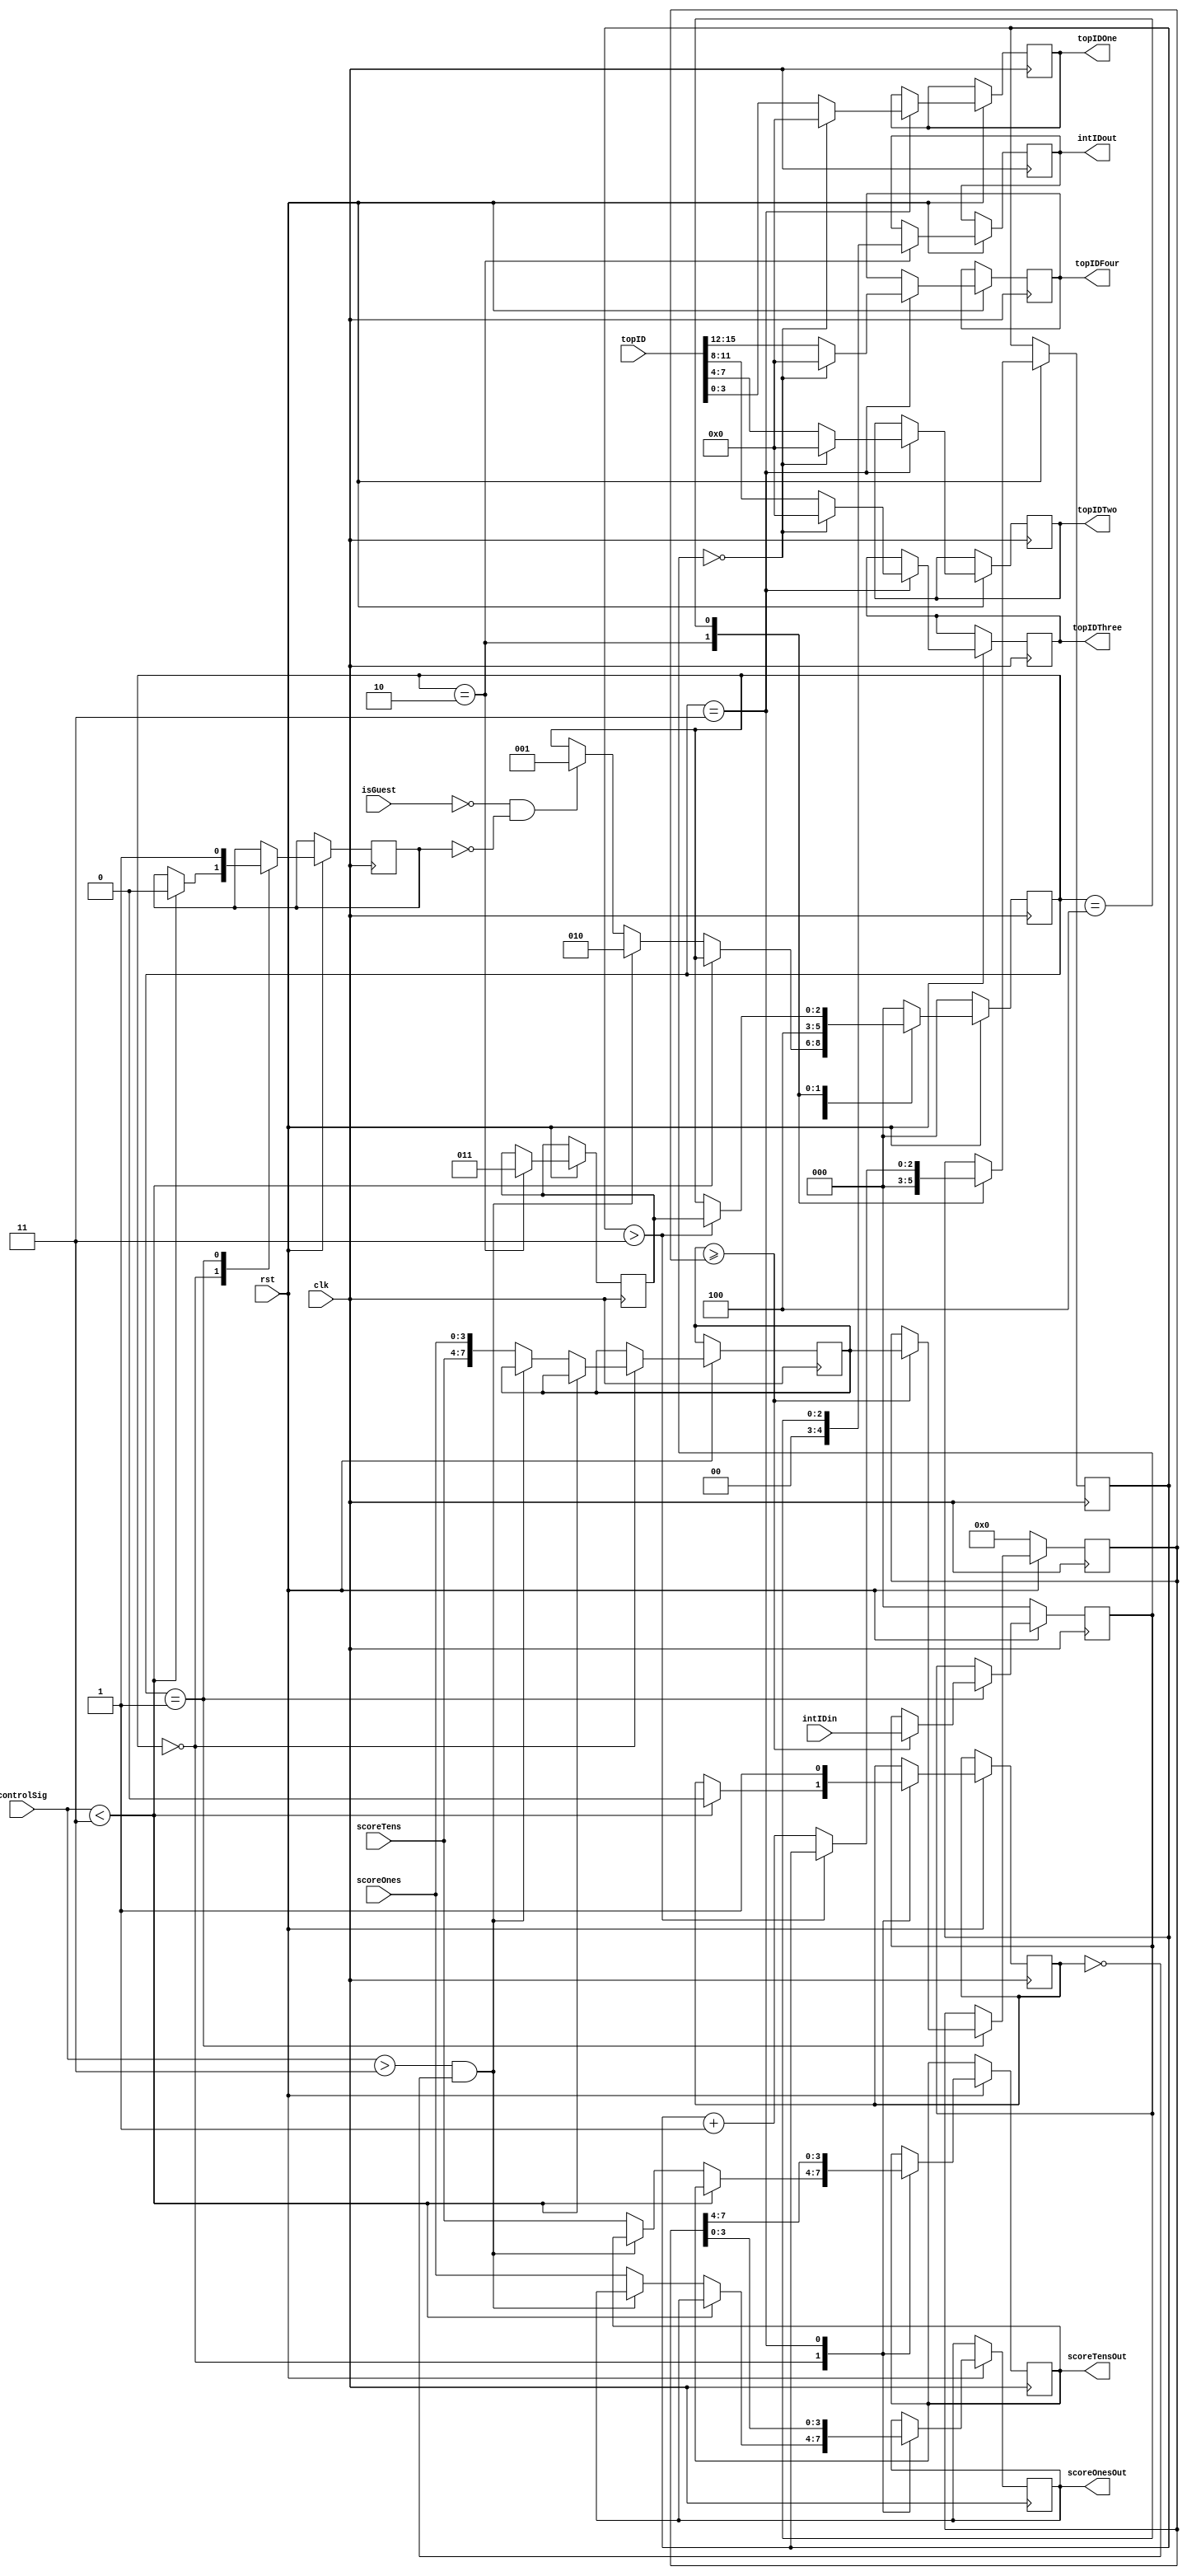
module Scoring(controlSig, isGuest, intIDin, scoreOnes, scoreTens, topID, intIDout, topIDOne, topIDTwo, 
					topIDThree, topIDFour, scoreOnesOut, scoreTensOut, clk, rst);
	input isGuest, clk, rst;
	input [2:0] controlSig, intIDin;
	input [3:0] scoreOnes, scoreTens;
	input [15:0] topID;
	output [3:0] topIDOne, topIDTwo, topIDThree, topIDFour, scoreOnesOut, scoreTensOut;
	reg [3:0] topIDOne, topIDTwo, topIDThree, topIDFour, scoreOnesOut, scoreTensOut;
	output [4:0] intIDout;
	reg [4:0] intIDout;
	reg checked, retrieved;
	reg [2:0] Cycle, topIntID;
	reg [7:0] score, topScore;
	reg [2:0] State, nextState;
	parameter INIT = 0, CHECK = 1, RETRIEVE = 2, SEND = 3, WAIT = 4;

	always @(posedge clk) begin
		if (rst==1'b0) begin
			topScore <= 0;
			topIntID <= 0;
			State <= INIT;
		end	
		else begin
			case (State)
				INIT: begin
					if (controlSig<3) begin
						checked <= 1'b0;
						retrieved <= 1'b0;
					end
					else if (controlSig>3 && retrieved==1'b0)
						State <= RETRIEVE;
					else begin
						scoreOnesOut <= scoreOnes;
						scoreTensOut <= scoreTens;
						score <= {scoreTens, scoreOnes};
						if (isGuest==1'b0 && checked==1'b0)
							State <= CHECK;
					end
				end
				CHECK: begin
					if (score >= topScore) begin
						topScore <= score;
						topIntID <= intIDin;
					end
					checked <= 1'b1;
					State <= INIT;
				end
				RETRIEVE: begin
					intIDout <= topIntID;
					Cycle <= 0;
					State <= WAIT;
					nextState <= SEND;		
				end
				SEND: begin
					if (topIntID==1'b0) begin
						topIDOne <= 0;
						topIDTwo <= 0;
						topIDThree <= 0;
						topIDFour <= 0;
					end
					else begin
						topIDOne <= topID[3:0];
						topIDTwo <= topID[7:4];
						topIDThree <= topID[11:8];
						topIDFour <= topID[15:12];
					end
					scoreOnesOut <= topScore[3:0];
					scoreTensOut <= topScore[7:4];
					retrieved <= 1'b1;
					State <= INIT;
				end
				WAIT: begin
					if (Cycle > 3)
						State <= nextState;
					else
						Cycle <= Cycle+1;
				end
				default: begin
					State <= INIT;
				end
			endcase
		end
	end		

endmodule